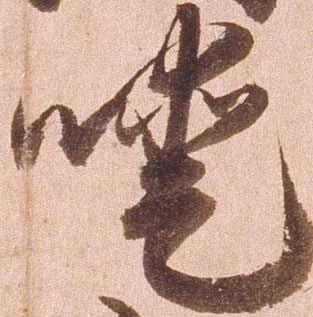
噯